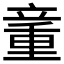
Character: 𰩨